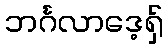
ဘင်္ဂလာဒေ့ရှ်